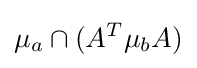
\mu _{a}\cap (A^{T}\mu _{b}A)